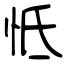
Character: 怟